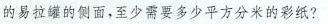
的易拉罐的侧面，至少需要多少平方分米的彩纸?